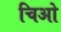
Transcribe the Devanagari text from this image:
चिओ